Tartu_pedagoogiumi_aruanded, lk 23
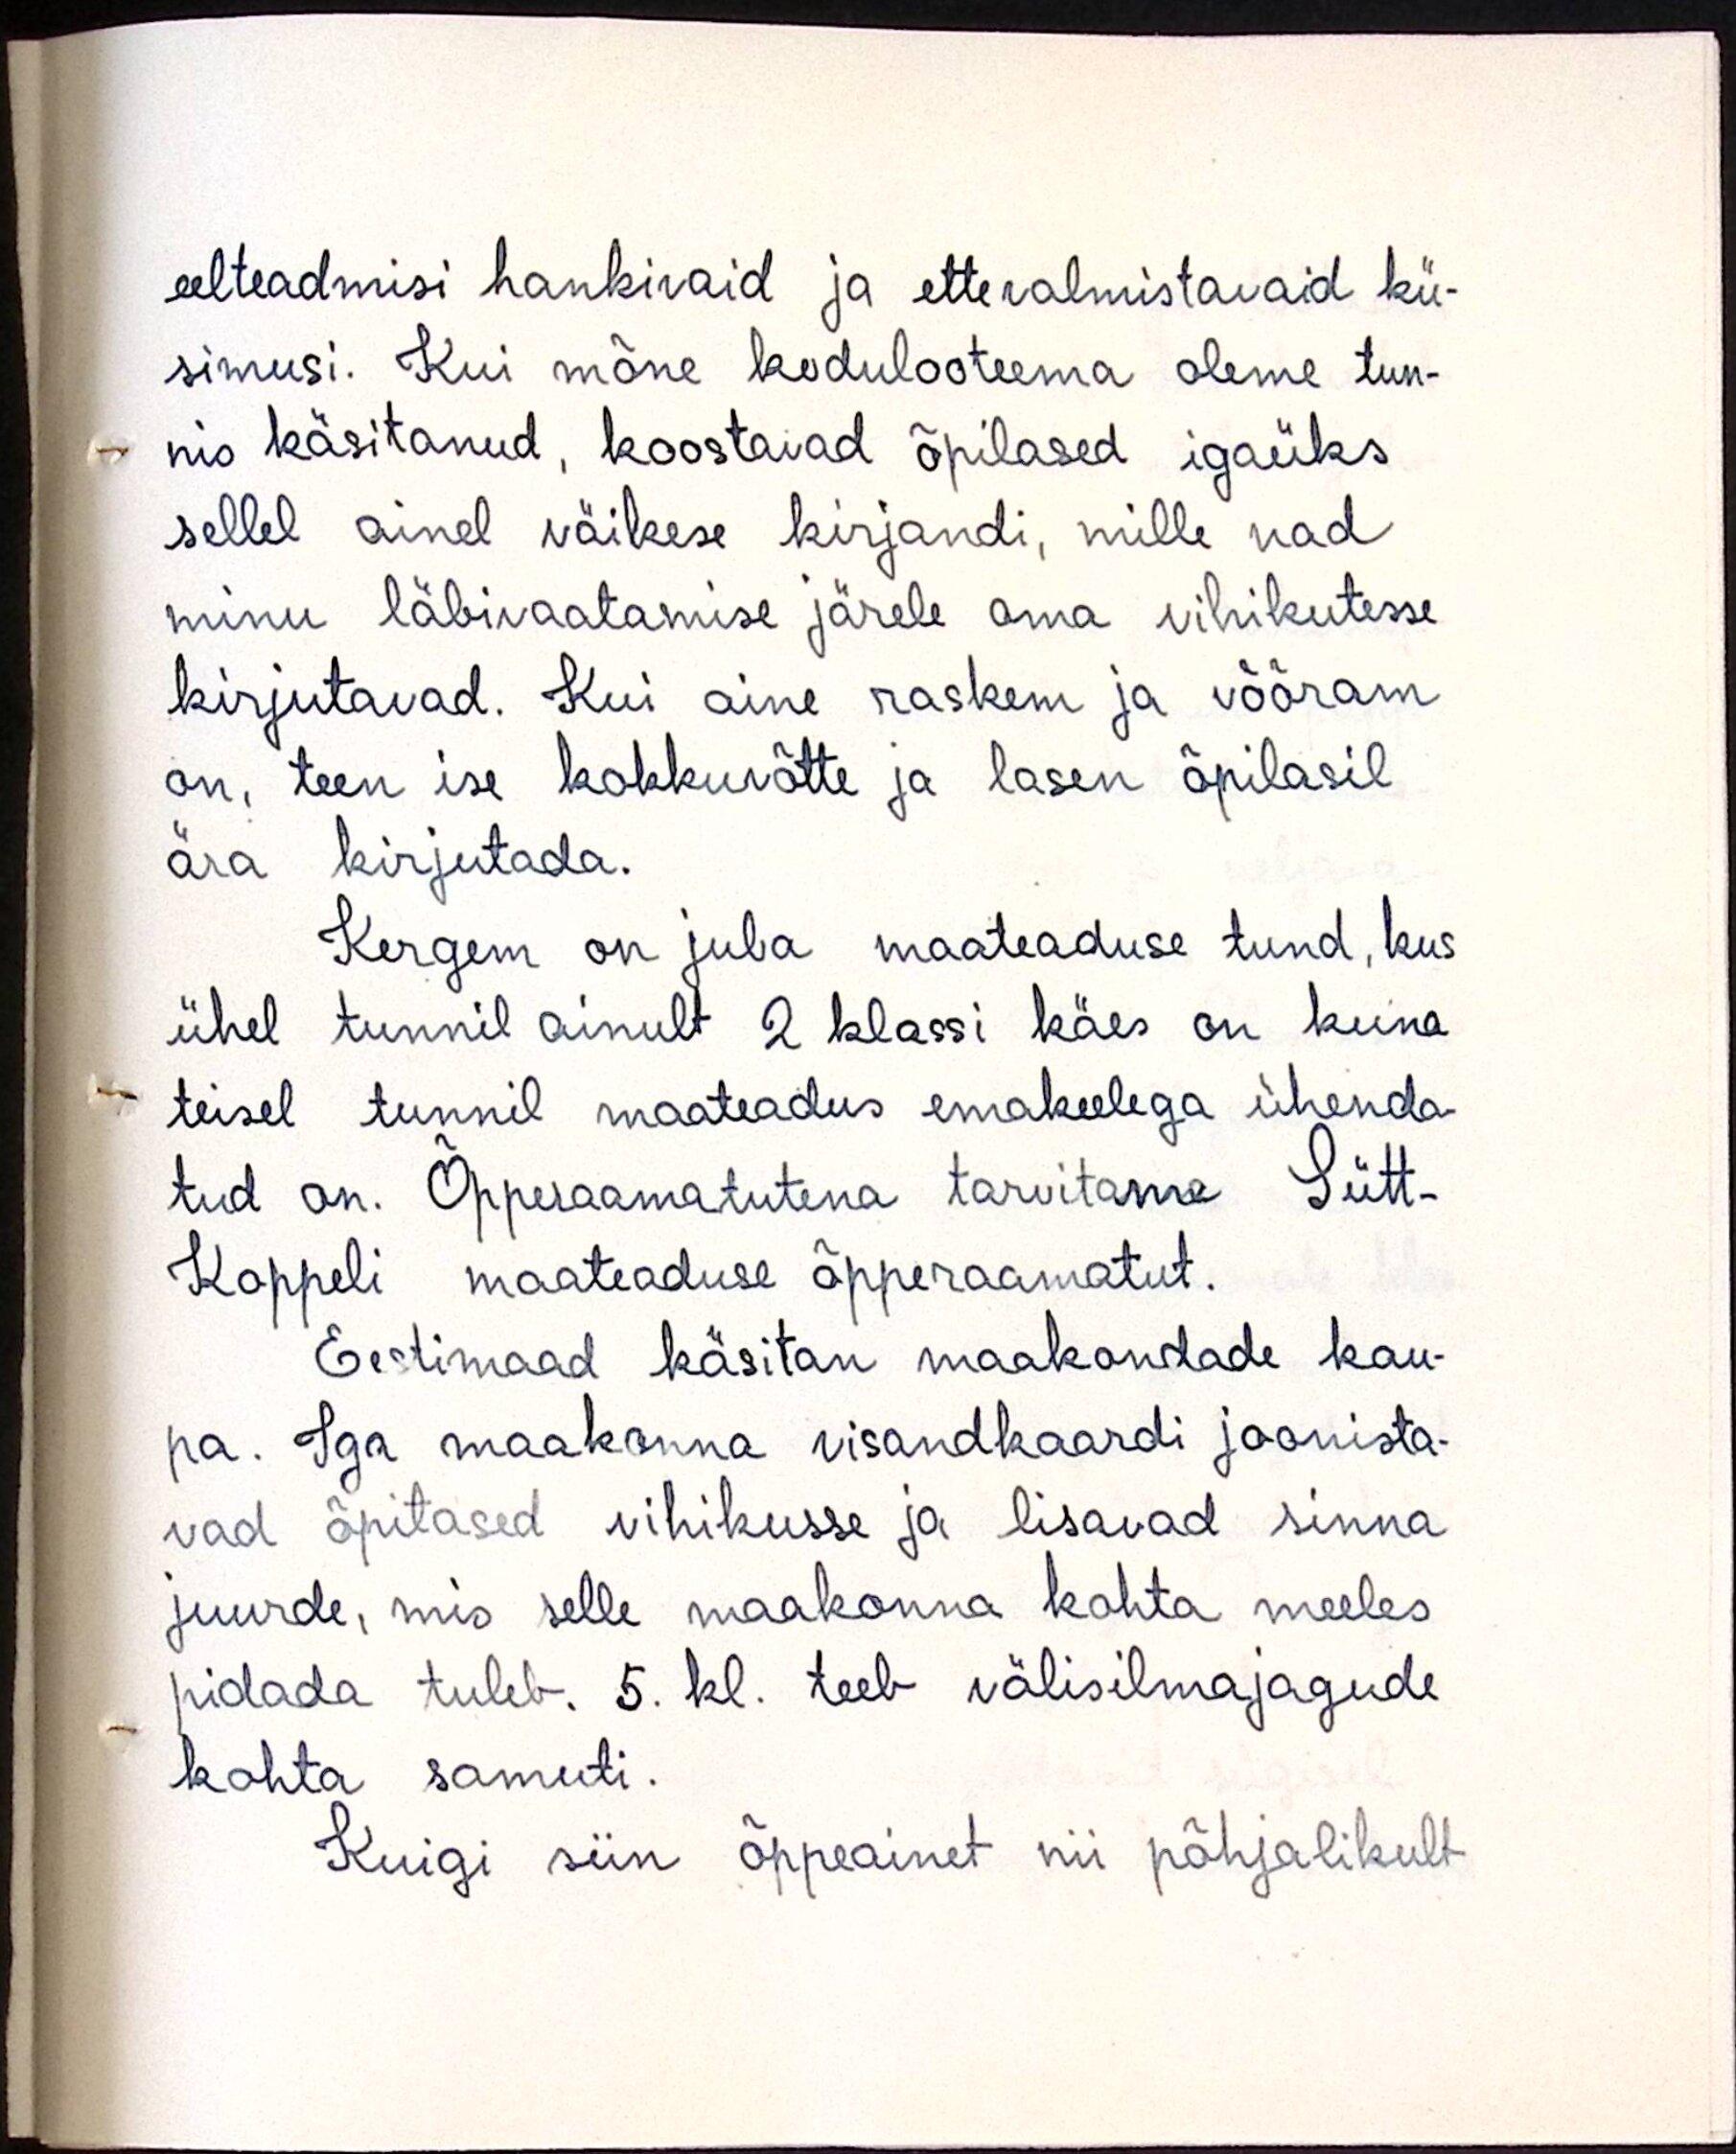
eelteadmisi hankivaid ja ettevalmistavaid kü-
simusi. Kui mõne kodulooteema oleme tun-
nis käsitanud, koostavad õpilased igaüks
sellel ainel väikese kirjandi, mille nad
minu läbivaatamise järele oma vihikutesse
kirjutavad. Kui aine raskem ja võõram
on, teen ise kokkuvõtte ja lasen õpilasil
ära kirjutada.
Kergem on juba maateaduse tund, kus
ühel tunnil ainult 2 klassi käes on kuna
teisel tunnil maateadus emakeelega ühenda-
tud on. Õpperaamatutena tarvitame Sütt-
Koppeli maateaduse õpperaamatut.
Eestimaad käsitan maakondade kau-
pa. Iga maakonna visandkaardi joonista-
vad õpitased vihikusse ja lisavad sinna
juurde, mis selle maakonna kohta meeles
pidada tuleb. 5. kl. teeb välisilmajagude
kohta samuti.
Kuigi siin õppeainet nii põhjalikult